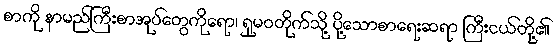
စာကို နာမည်ကြီးစာအုပ်တွေကိုရော၊ ရှုမဝတိုက်သို့ ပို့သောစာရေးဆရာ ကြီးငယ်တို့၏